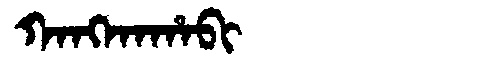
Manchu: ᡴᠠᠩᡴᠠᡥᠠᠪᡳ
Romanization: KANGKAHABI